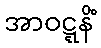
အာဝဋ္ဋနိံ